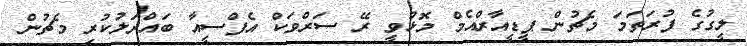
ލީގުގެ ފުރަތަމަ މެޗުން ޕީޑީއާރްއެމް މޮޅުވީ ރޭ ސަރްވަކް އެފްސީއާ ބައްދަލުކުރި މެޗުން